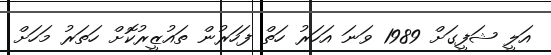
އަލީ ޝަފީގަށް 1989 ވަނަ އަހަރު ހަތް ފަހަރުން ތައުޒީރުކޮށް ހަތަރު މަހަށް